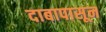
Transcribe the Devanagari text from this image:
दाबापासून